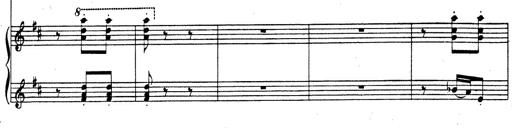
Title: Rhapsodie espagnole
Composer: Franz Liszt